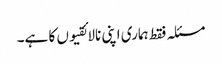
مسئلہ فقط ہماری اپنی نالائقیوں کا ہے۔